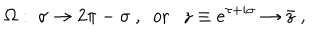
LaTeX: \Omega : \ \sigma \to 2 \pi - \sigma \ , \ \ \mathrm { o r } \ \ \ z \equiv e ^ { \tau + i \sigma } \to \bar { z } \ ,